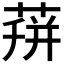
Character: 𦴏